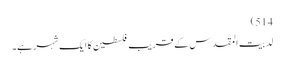
514)
لد بیت المقدس کے قریب فلسطین کا ایک شہر ہے۔